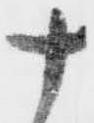
十